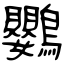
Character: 鸚